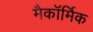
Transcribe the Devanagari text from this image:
मैकॉर्मिक